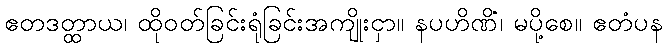
ဧတဒတ္ထာယ၊ ထိုဝတ်ခြင်းရုံခြင်းအကျိုးငှာ။ နပဟိဏိံ၊ မပို့စေ။ ဧတံပန